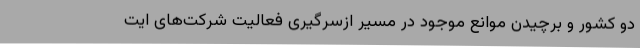
دو کشور و برچیدن موانع موجود در مسیر ازسرگیری فعالیت شرکت‌های ایت